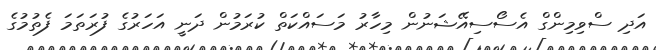
އަދި ސްވިމިންގް އެސޯސިއޭޝަނުން މިހާރު މަސައްކަތް ކުރަމުން ދަނީ އަހަރުގެ ފުރަތަމަ ފެތުމުގެ